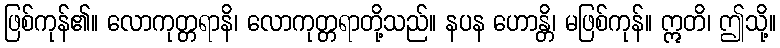
ဖြစ်ကုန်၏။ လောကုတ္တရာနိ၊ လောကုတ္တရာတို့သည်။ နပန ဟောန္တိ၊ မဖြစ်ကုန်။ ဣတိ၊ ဤသို့။